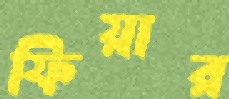
ফিয়ার